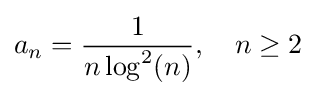
a_{n}={\frac {1}{n\log ^{2}(n)}},\quad n\geq 2